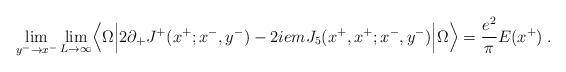
LaTeX: \begin{align*}\lim_{y^- \rightarrow x^-} \lim_{L \rightarrow \infty} \Bigl\langle \Omega \Bigl\vert 2 \partial_+ J^+(x^+;x^-,y^-) - 2 i e m J_5(x^+,x^+;x^-,y^-) \Bigr\vert \Omega \Bigr\rangle = {e^2 \over \pi} E(x^+) \; .\end{align*}